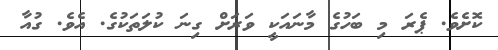
ކޮށެވެ. ޕެރަ މި ބަހުގެ މާނައަކީ ވަރަށް ގިނަ ކުލަތަކުގެ. އެވެ. ގުއާ